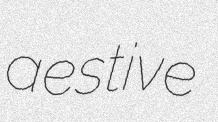
aestive